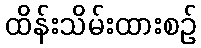
ထိန်းသိမ်းထားစဉ်